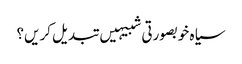
سیاہ خوبصورتی شبیہیں تبدیل کریں؟